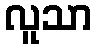
လူသာ